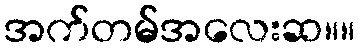
အက်တမ်အလေးဆ။။